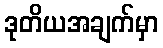
ဒုတိယအချက်မှာ